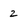
Character: 2